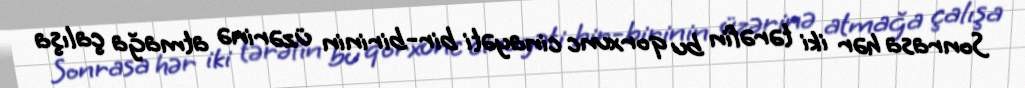
Sonrasa hər iki tərəfin bu qorxunc cinayəti bir-birinin üzərinə atmağa çalışa